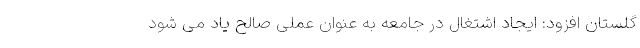
گلستان افزود: ایجاد اشتغال در جامعه به عنوان عملی صالح یاد می شود